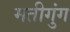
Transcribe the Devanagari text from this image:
मतीगुंग